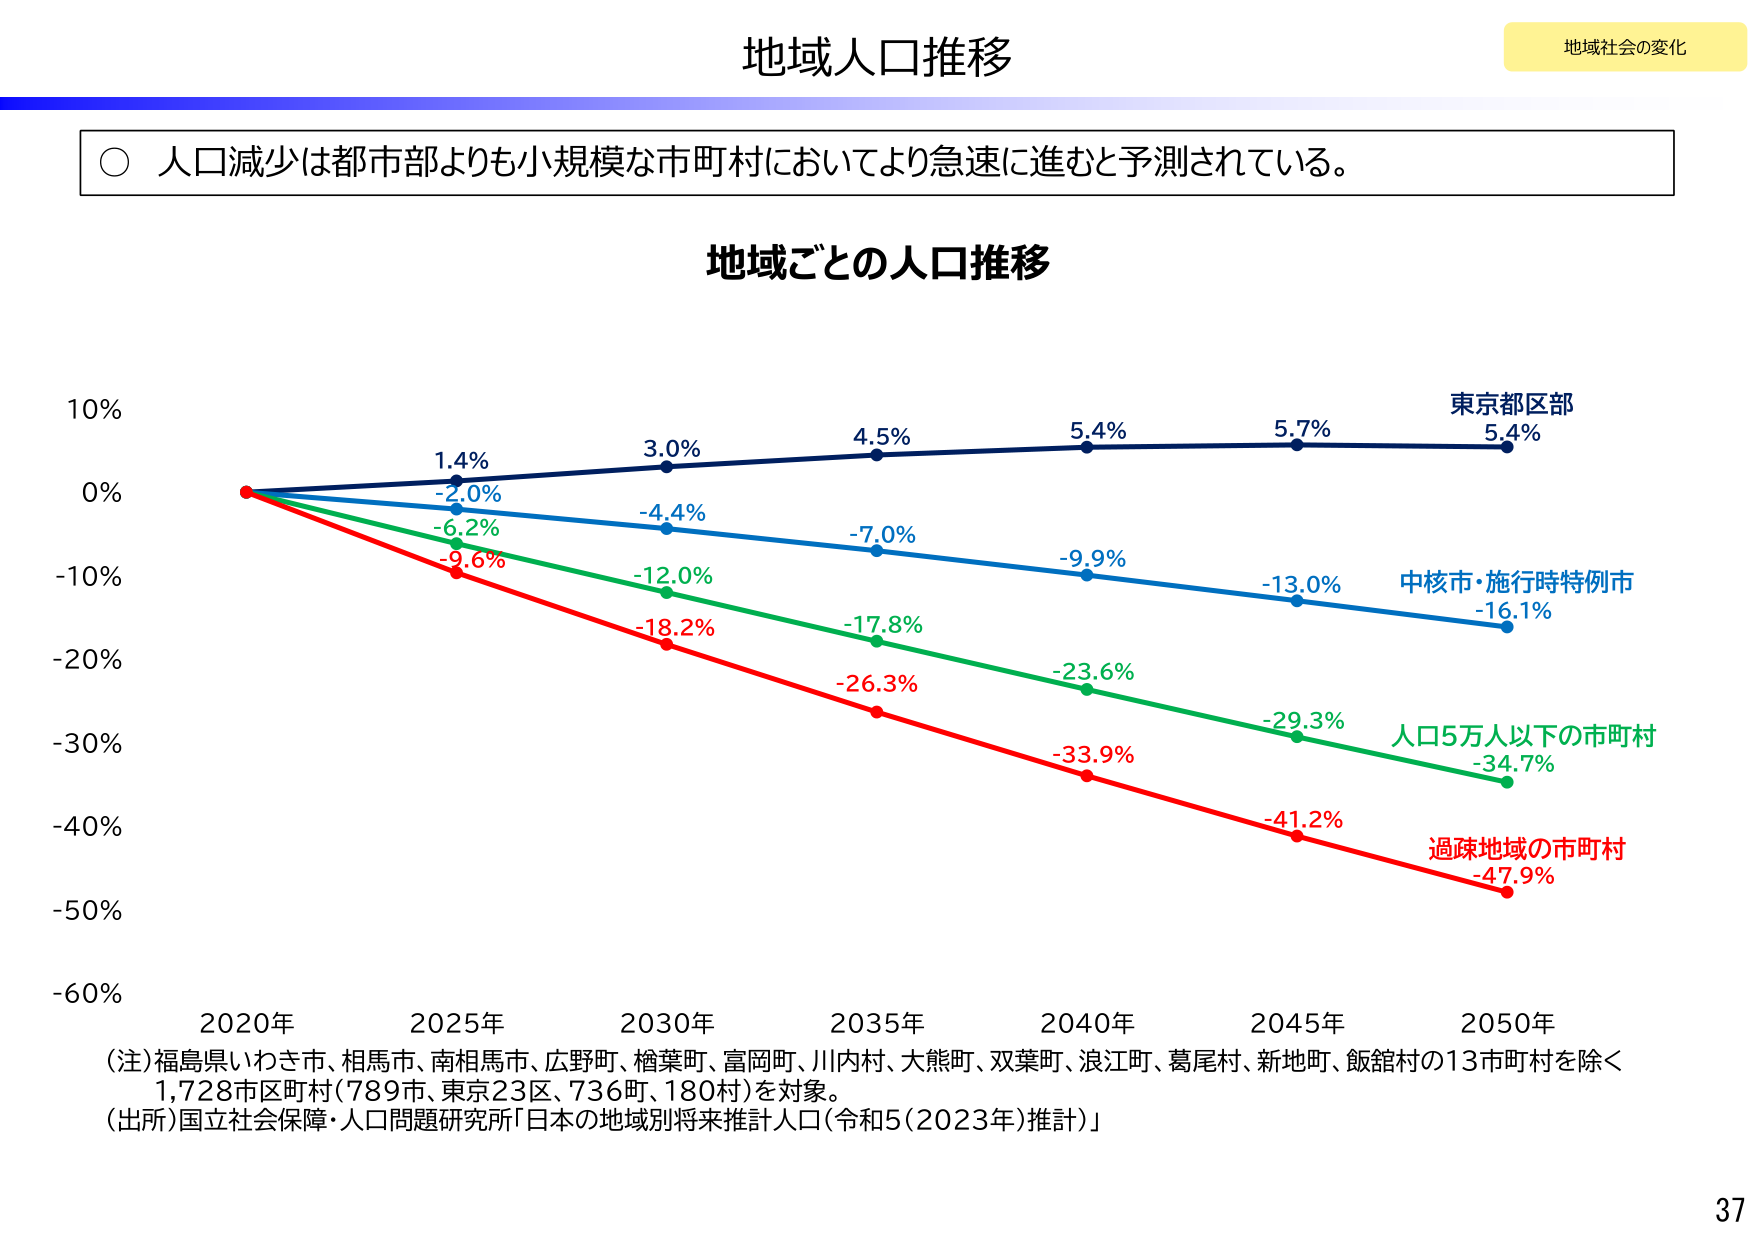
地域人口推移

地域社会の変化

○ 人口減少は都市部よりも小規模な市町村においてより急速に進むと予測されている。

地域ごとの人口推移

10%
0%
-10%
-20%
-30%
-40%
-50%
-60%

2020年
2025年
2030年
2035年
2040年
2045年
2050年

1.4%
-2.0%
-6.2%
-9.6%
3.0%
-4.4%
-12.0%
-18.2%
4.5%
-7.0%
-17.8%
-26.3%
5.4%
-9.9%
-23.6%
-33.9%
5.7%
-13.0%
-29.3%
-41.2%
5.4%
-16.1%
-34.7%
-47.9%

東京都区部
中核市・施行時特例市
人口5万人以下の市町村
過疎地域の市町村

(注)福島県いわき市、相馬市、南相馬市、広野町、楢葉町、富岡町、川内村、大熊町、双葉町、浪江町、葛尾村、新地町、飯館村の13市町村を除く
1,728市区町村(789市、東京23区、736町、180村)を対象。
(出所)国立社会保障・人口問題研究所「日本の地域別将来推計人口(令和5(2023年)推計)」

37